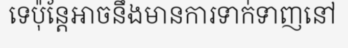
ទេប៉ុន្តែអាចនឹងមានការទាក់ទាញនៅ